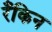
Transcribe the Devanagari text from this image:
रँकिन